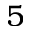
5